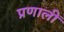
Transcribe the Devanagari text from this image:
प्रणालीं